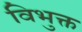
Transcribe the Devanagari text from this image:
विभुक्त